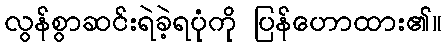
လွန်စွာဆင်းရဲခဲ့ရပုံကို ပြန်ဟောထား၏။